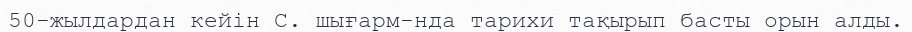
50-жылдардан кейін С. шығарм-нда тарихи тақырып басты орын алды.